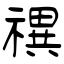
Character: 禩